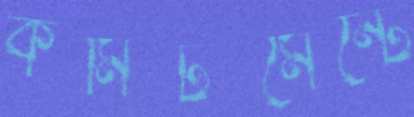
কমিটমেন্টে